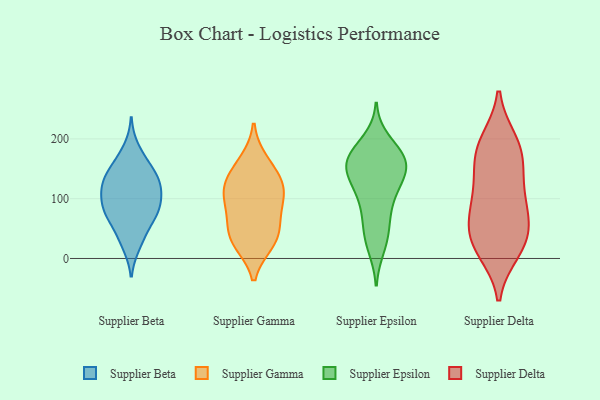
{"axis": {"x": "Active Users", "y": "Value"}, "legend": ["Supplier Beta", "Supplier Delta", "Supplier Epsilon", "Supplier Gamma"], "data": [{"x": "", "y": 46, "type": "Supplier Beta"}, {"x": "", "y": 103, "type": "Supplier Beta"}, {"x": "", "y": 185, "type": "Supplier Beta"}, {"x": "", "y": 130, "type": "Supplier Beta"}, {"x": "", "y": 72, "type": "Supplier Beta"}, {"x": "", "y": 91, "type": "Supplier Beta"}, {"x": "", "y": 136, "type": "Supplier Beta"}, {"x": "", "y": 116, "type": "Supplier Beta"}, {"x": "", "y": 77, "type": "Supplier Beta"}, {"x": "", "y": 161, "type": "Supplier Beta"}, {"x": "", "y": 130, "type": "Supplier Beta"}, {"x": "", "y": 157, "type": "Supplier Beta"}, {"x": "", "y": 83, "type": "Supplier Beta"}, {"x": "", "y": 112, "type": "Supplier Beta"}, {"x": "", "y": 21, "type": "Supplier Beta"}, {"x": "", "y": 74, "type": "Supplier Beta"}, {"x": "", "y": 29, "type": "Supplier Beta"}, {"x": "", "y": 143, "type": "Supplier Beta"}, {"x": "", "y": 72, "type": "Supplier Beta"}, {"x": "", "y": 115, "type": "Supplier Beta"}, {"x": "", "y": 145, "type": "Supplier Gamma"}, {"x": "", "y": 98, "type": "Supplier Gamma"}, {"x": "", "y": 60, "type": "Supplier Gamma"}, {"x": "", "y": 163, "type": "Supplier Gamma"}, {"x": "", "y": 75, "type": "Supplier Gamma"}, {"x": "", "y": 31, "type": "Supplier Gamma"}, {"x": "", "y": 33, "type": "Supplier Gamma"}, {"x": "", "y": 124, "type": "Supplier Gamma"}, {"x": "", "y": 112, "type": "Supplier Gamma"}, {"x": "", "y": 116, "type": "Supplier Gamma"}, {"x": "", "y": 26, "type": "Supplier Gamma"}, {"x": "", "y": 46, "type": "Supplier Epsilon"}, {"x": "", "y": 18, "type": "Supplier Epsilon"}, {"x": "", "y": 144, "type": "Supplier Epsilon"}, {"x": "", "y": 144, "type": "Supplier Epsilon"}, {"x": "", "y": 116, "type": "Supplier Epsilon"}, {"x": "", "y": 197, "type": "Supplier Epsilon"}, {"x": "", "y": 171, "type": "Supplier Epsilon"}, {"x": "", "y": 166, "type": "Supplier Epsilon"}, {"x": "", "y": 144, "type": "Supplier Epsilon"}, {"x": "", "y": 117, "type": "Supplier Epsilon"}, {"x": "", "y": 59, "type": "Supplier Epsilon"}, {"x": "", "y": 161, "type": "Supplier Epsilon"}, {"x": "", "y": 172, "type": "Supplier Epsilon"}, {"x": "", "y": 166, "type": "Supplier Epsilon"}, {"x": "", "y": 137, "type": "Supplier Epsilon"}, {"x": "", "y": 87, "type": "Supplier Epsilon"}, {"x": "", "y": 29, "type": "Supplier Epsilon"}, {"x": "", "y": 178, "type": "Supplier Epsilon"}, {"x": "", "y": 90, "type": "Supplier Epsilon"}, {"x": "", "y": 33, "type": "Supplier Delta"}, {"x": "", "y": 159, "type": "Supplier Delta"}, {"x": "", "y": 91, "type": "Supplier Delta"}, {"x": "", "y": 14, "type": "Supplier Delta"}, {"x": "", "y": 184, "type": "Supplier Delta"}, {"x": "", "y": 75, "type": "Supplier Delta"}, {"x": "", "y": 184, "type": "Supplier Delta"}, {"x": "", "y": 24, "type": "Supplier Delta"}, {"x": "", "y": 62, "type": "Supplier Delta"}, {"x": "", "y": 29, "type": "Supplier Delta"}, {"x": "", "y": 105, "type": "Supplier Delta"}, {"x": "", "y": 195, "type": "Supplier Delta"}, {"x": "", "y": 136, "type": "Supplier Delta"}]}